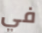
في